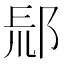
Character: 𨛞